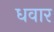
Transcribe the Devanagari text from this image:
धवार